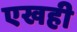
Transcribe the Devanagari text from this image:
एखही